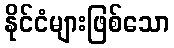
နိုင်ငံများဖြစ်သော